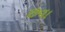
છવા